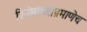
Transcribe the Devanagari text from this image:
विनोबांच्याप्रमाणेच